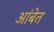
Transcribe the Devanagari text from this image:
आंबेत